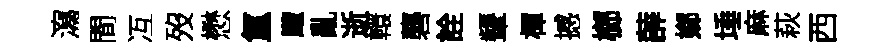
瀉間冱歿懋氲颼亂逝轘礱詮顰楎撼榔薜嫏埵麻萩西